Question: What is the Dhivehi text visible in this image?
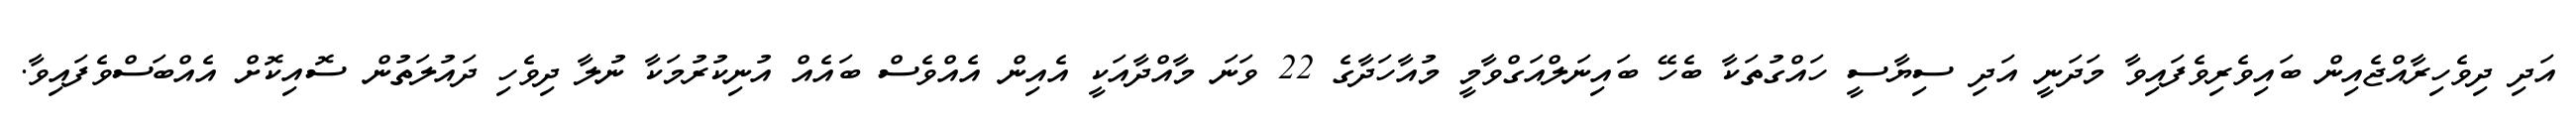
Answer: އަދި ދިވެހިރާއްޖެއިން ބައިވެރިވެފައިވާ މަދަނީ އަދި ސިޔާސީ ހައްގުތަކާ ބެހޭ ބައިނަލްއަގްވާމީ މުއާހަދާގެ 22 ވަނަ މާއްދާއަކީ އެއިން އެއްވެސް ބައެއް އުނިކުރުމަކާ ނުލާ ދިވެހި ދައުލަތުން ސޮއިކޮށް އެއްބަސްވެފައިވާ.